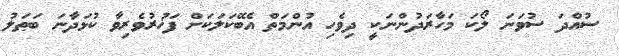
ސުއްދަ ސުވަނަ ލޯކަ މަހާރަދުންނަކީ ދިވެހި އުންމަތް އެބޭކަލަކަށް ފަޚުރުވެރިވާ ކުޅަދާނަ ބަޠަލު